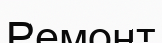
Ремонт